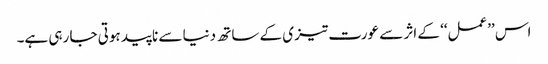
اس ’’عمل‘‘ کے اثر سے عورت تیزی کے ساتھ دنیا سے ناپید ہوتی جا رہی ہے۔